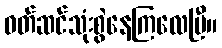
ဝတ်ဆင်သုံးစွဲနေကြလေပြီ။